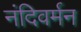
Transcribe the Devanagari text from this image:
नंदिवर्मन